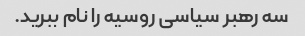
سه رهبر سیاسی روسیه را نام ببرید.